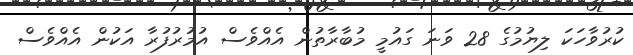
ކުރުވާހަކަ ލިޔުމުގެ 28 ވަނަ ގައުމީ މުބާރާތުން އެއްވެސް އުމުރުފުރާ އަކުން އެއްވެސް